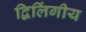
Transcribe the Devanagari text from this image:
द्विलिंगीय